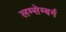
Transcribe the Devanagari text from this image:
लम्सेम्बर्ग